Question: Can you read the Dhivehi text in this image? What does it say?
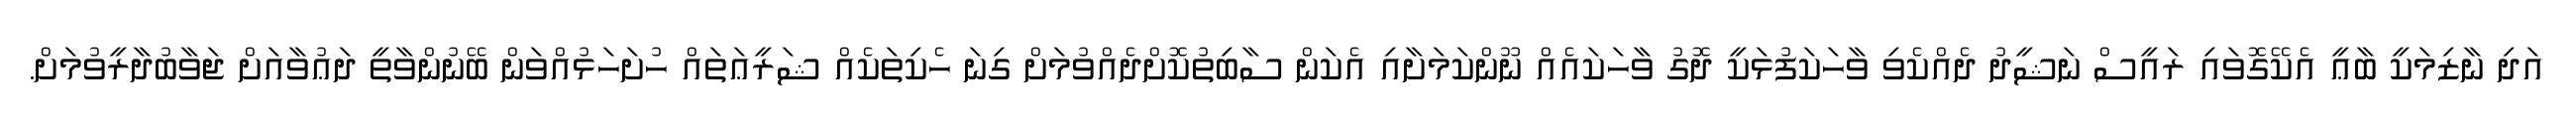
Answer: އަދި ނާޒިމަކީ ބާޢީ އެކޭގޮވައި ރައީސް ނަޝީދު ދެއްކެވި ވާހަކަފުޅަކީ ދޮގު ވާހަކައެއް ނޫންކަމަށާއި އެކަން ސާބިތުކޮށްދެއްވުމަށް ގިނަ ހެކިތަކެއް ޝަރީޢަތައް ހުށަހަޅުއްވަން ބޭނުންވާތީ ދަޢުވާއަށް ޖަވާބުދާރީވުމަށް.